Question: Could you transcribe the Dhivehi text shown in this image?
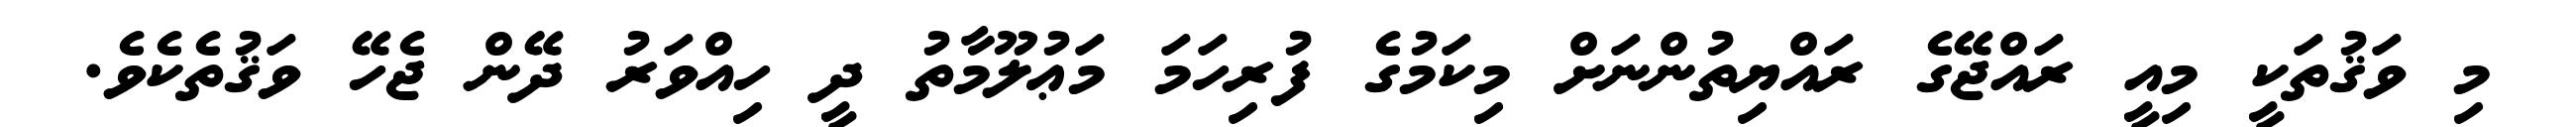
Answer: މި ވަޤުތަކީ މިއީ ރައްޖޭގެ ރައްޔިތުންނަށް މިކަމުގެ ފުރިހަމަ މަޢުލޫމާތު ދީ ހިއްވަރު ދޭން ޖެހޭ ވަޤުތެކެވެ.